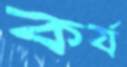
কর্য